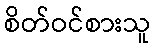
စိတ်ဝင်စားသူ